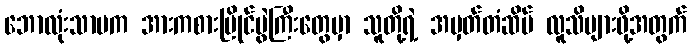
ဘောလုံးသာမက အားကစားပြိုင်ပွဲကြီးတွေမှာ သူတို့ရဲ့ အမှတ်တံဆိပ် လူသိများဖို့အတွက်